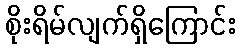
စိုးရိမ်လျက်ရှိကြောင်း